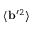
\langle { { \bf { b } } ^ { \prime } { } ^ { 2 } } \rangle